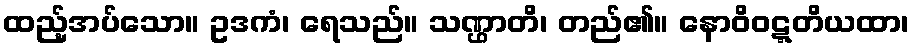
ထည့်အပ်သော။ ဥဒကံ၊ ရေသည်။ သဏ္ဌာတိ၊ တည်၏။ နောဝိဝဋ္ဋတိယထာ၊